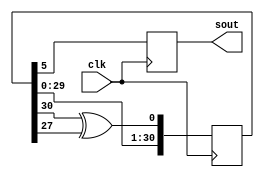
module rnd1(clk, sout);

input wire clk;
output reg sout;

reg [31:0] d0;

initial
begin
  d0 <= 31'b0011010100100100110010101110010;
  sout <= 0;
end

always @(posedge clk) begin 
	d0 <= { d0[30:0], d0[30] ^ d0[27] };
	sout <= d0[5:5];
end

endmodule